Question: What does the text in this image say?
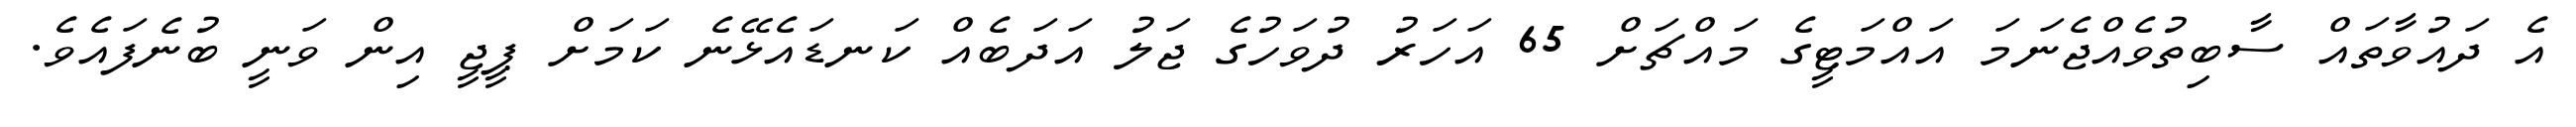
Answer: އެ ދައުވާތައް ސާބިތުވެއްޖެނަމަ އައްމަޓީގެ މައްޗަށް 65 އަހަރު ދުވަހުގެ ޖަލު އަދަބެއް ކަނޑައެޅޭނެ ކަމަށް ޕީޖީ އިން ވަނީ ބުނެފައެވެ.